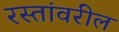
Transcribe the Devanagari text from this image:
रस्तांवरील